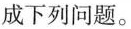
成下列问题。